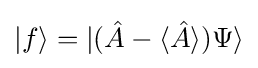
|f\rangle =|({\hat {A}}-\langle {\hat {A}}\rangle )\Psi \rangle